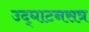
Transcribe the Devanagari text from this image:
उद्‍घाटनसत्र